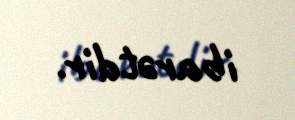
ibarətdir.